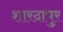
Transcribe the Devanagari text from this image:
शारदापुर